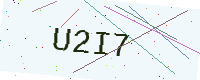
Text: U2I7